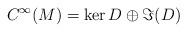
LaTeX: \begin{align*} C^\infty(M) = \ker D \oplus \Im(D) \end{align*}